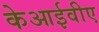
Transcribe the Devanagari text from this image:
केआईवीए